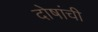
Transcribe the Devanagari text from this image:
दोषांची